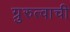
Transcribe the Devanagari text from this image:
ग्रुरुत्वाची